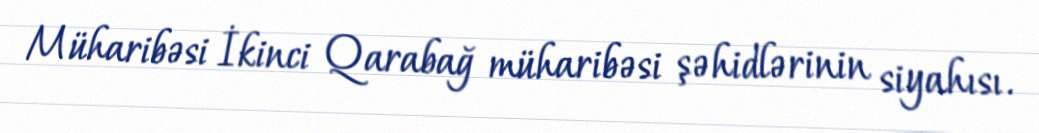
Müharibəsi İkinci Qarabağ müharibəsi şəhidlərinin siyahısı.